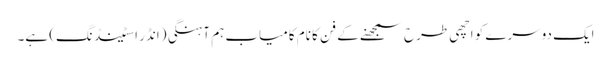
ایک دوسرے کو اچھی طرح سمجھنے کے فن کا نام کامیاب ہم آہنگی (انڈر اسٹینڈنگ) ہے۔